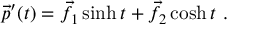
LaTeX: { \vec { p } } ^ { \prime } ( t ) = { \vec { f } } _ { 1 } \sinh t + { \vec { f } } _ { 2 } \cosh t \ .